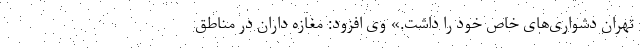
تهران دشواری‌های خاص خود را داشت.» وی افزود: مغازه داران در مناطق